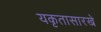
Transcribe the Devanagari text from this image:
यकृतासारखे